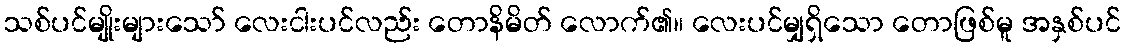
သစ်ပင်မျိုးများသော် လေးငါးပင်လည်း တောနိမိတ် လောက်၏။ လေးပင်မျှရှိသော တောဖြစ်မူ အနှစ်ပင်